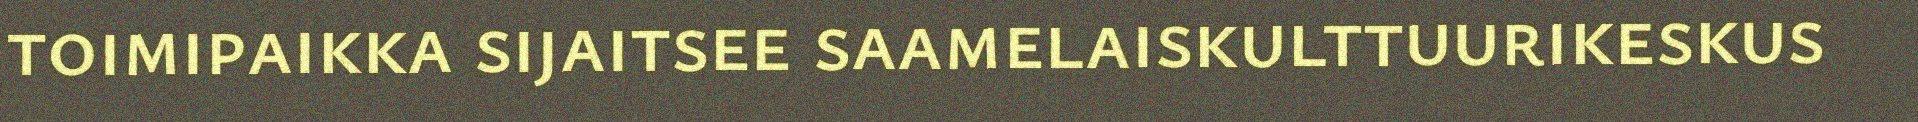
toimipaikka sijaitsee saamelaiskulttuurikeskus